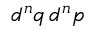
d ^ { n } q \, d ^ { n } p